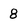
Character: 8